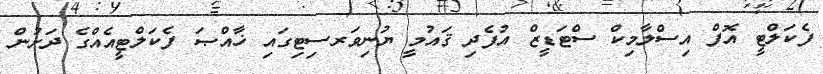
ފެކަލްޓީ އޮފް އިސްލާމިކް ސްޓަޑީޒް އުފެދި ޤައުމީ ޔުނިވަރސިޓިގައި ޚާއްޞަ ފެކަލްޓީއެއްގެ ދަށުން